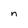
Character: n